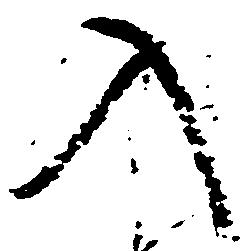
入